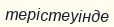
терістеуінде